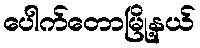
ပေါက်တောမြို့နယ်